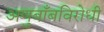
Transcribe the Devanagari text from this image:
अणुबाँबविरोधी